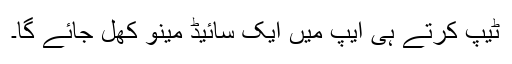
ٹیپ کرتے ہی ایپ میں ایک سائیڈ مینو کھل جائے گا۔